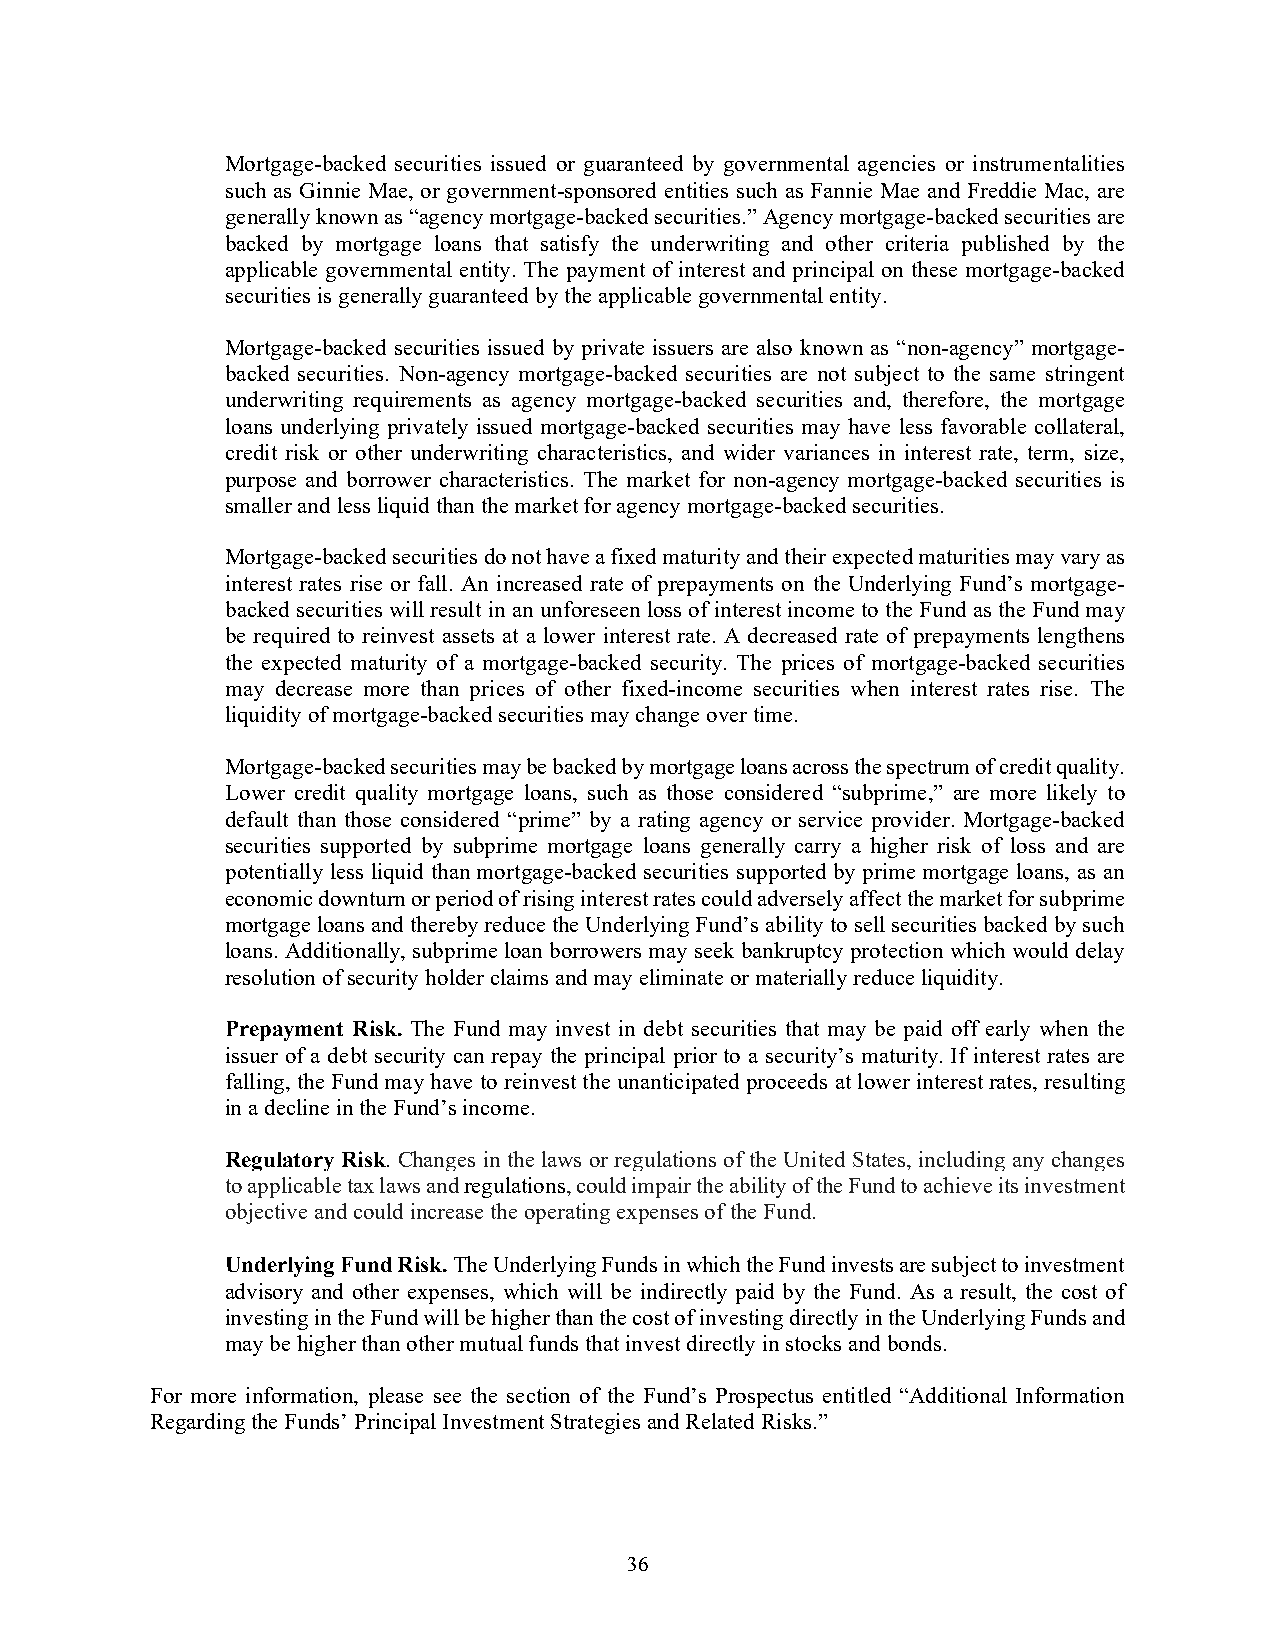
Mortgage-backed securities issued or guaranteed by governmental agencies or instrumentalities
 such as Ginnie Mae, or government-sponsored entities such as Fannie Mae and Freddie Mac, are
 generally known as “agency mortgage-backed securities.” Agency mortgage-backed securities are
 backed by mortgage loans that satisfy the underwriting and other criteria published by the
 applicable governmental entity. The payment of interest and principal on these mortgage-backed
 securities is generally guaranteed by the applicable governmental entity.
 Mortgage-backed securities issued by private issuers are also known as “non-agency” mortgage-
 backed securities. Non-agency mortgage-backed securities are not subject to the same stringent
 underwriting requirements as agency mortgage-backed securities and, therefore, the mortgage
 loans underlying privately issued mortgage-backed securities may have less favorable collateral,
 credit risk or other underwriting characteristics, and wider variances in interest rate, term, size,
 purpose and borrower characteristics. The market for non-agency mortgage-backed securities is
 smaller and less liquid than the market for agency mortgage-backed securities.
 Mortgage-backed securities do not have a fixed maturity and their expected maturities may vary as
 interest rates rise or fall. An increased rate of prepayments on the Underlying Fund’s mortgage-
 backed securities will result in an unforeseen loss of interest income to the Fund as the Fund may
 be required to reinvest assets at a lower interest rate. A decreased rate of prepayments lengthens
 the expected maturity of a mortgage-backed security. The prices of mortgage-backed securities
 may decrease more than prices of other fixed-income securities when interest rates rise. The
 liquidity of mortgage-backed securities may change over time.
 Mortgage-backed securities may be backed by mortgage loans across the spectrum of credit quality.
 Lower credit quality mortgage loans, such as those considered “subprime,” are more likely to
 default than those considered “prime” by a rating agency or service provider. Mortgage-backed
 securities supported by subprime mortgage loans generally carry a higher risk of loss and are
 potentially less liquid than mortgage-backed securities supported by prime mortgage loans, as an
 economic downturn or period of rising interest rates could adversely affect the market for subprime
 mortgage loans and thereby reduce the Underlying Fund’s ability to sell securities backed by such
 loans. Additionally, subprime loan borrowers may seek bankruptcy protection which would delay
 resolution of security holder claims and may eliminate or materially reduce liquidity.
 Prepayment Risk. The Fund may invest in debt securities that may be paid off early when the
 issuer of a debt security can repay the principal prior to a security’s maturity. If interest rates are
 falling, the Fund may have to reinvest the unanticipated proceeds at lower interest rates, resulting
 in a decline in the Fund’s income.
 Regulatory Risk. Changes in the laws or regulations of the United States, including any changes
 to applicable tax laws and regulations, could impair the ability of the Fund to achieve its investment
 objective and could increase the operating expenses of the Fund.
 Underlying Fund Risk. The Underlying Funds in which the Fund invests are subject to investment
 advisory and other expenses, which will be indirectly paid by the Fund. As a result, the cost of
 investing in the Fund will be higher than the cost of investing directly in the Underlying Funds and
 may be higher than other mutual funds that invest directly in stocks and bonds.
 For more information, please see the section of the Fund’s Prospectus entitled “Additional Information
 Regarding the Funds’ Principal Investment Strategies and Related Risks.”
 36